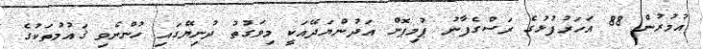
އުމުރުން 88 އަހަރުފުޅުގެ ރަސްގެފާނު ޕުމިޕޮން އަދުންޔަދޭއަކީ މިވަގުތު ދުނިޔޭގައި ހުންނެވި ޤައުމުތަކުގެ